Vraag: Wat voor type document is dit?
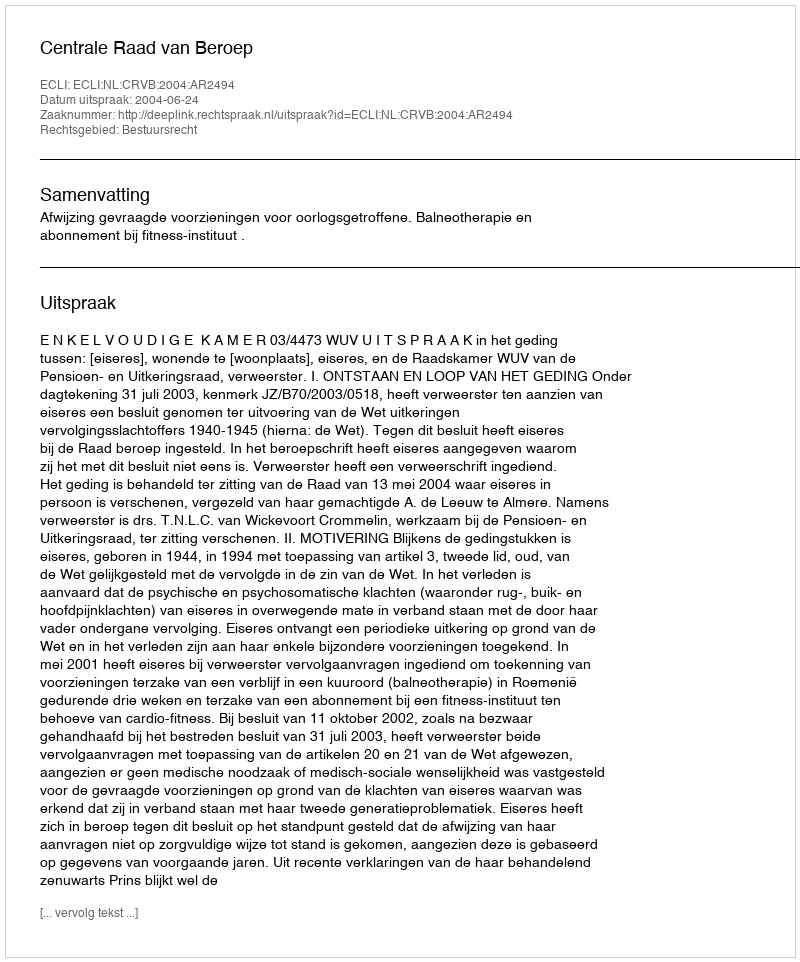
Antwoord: Uitspraak